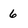
Character: 6